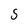
Character: S